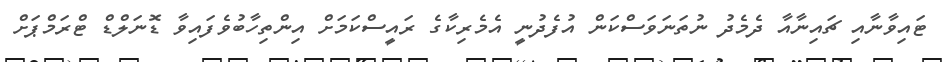
ޓައިވާނާއި ޗައިނާއާ ދެމެދު ނުތަނަވަސްކަން އުފެދުނީ އެމެރިކާގެ ރައީސްކަމަށް އިންތިހާބުވެފައިވާ ޑޮނަލްޑް ޓްރަމްޕަށް